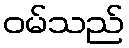
ဝမ်သည်